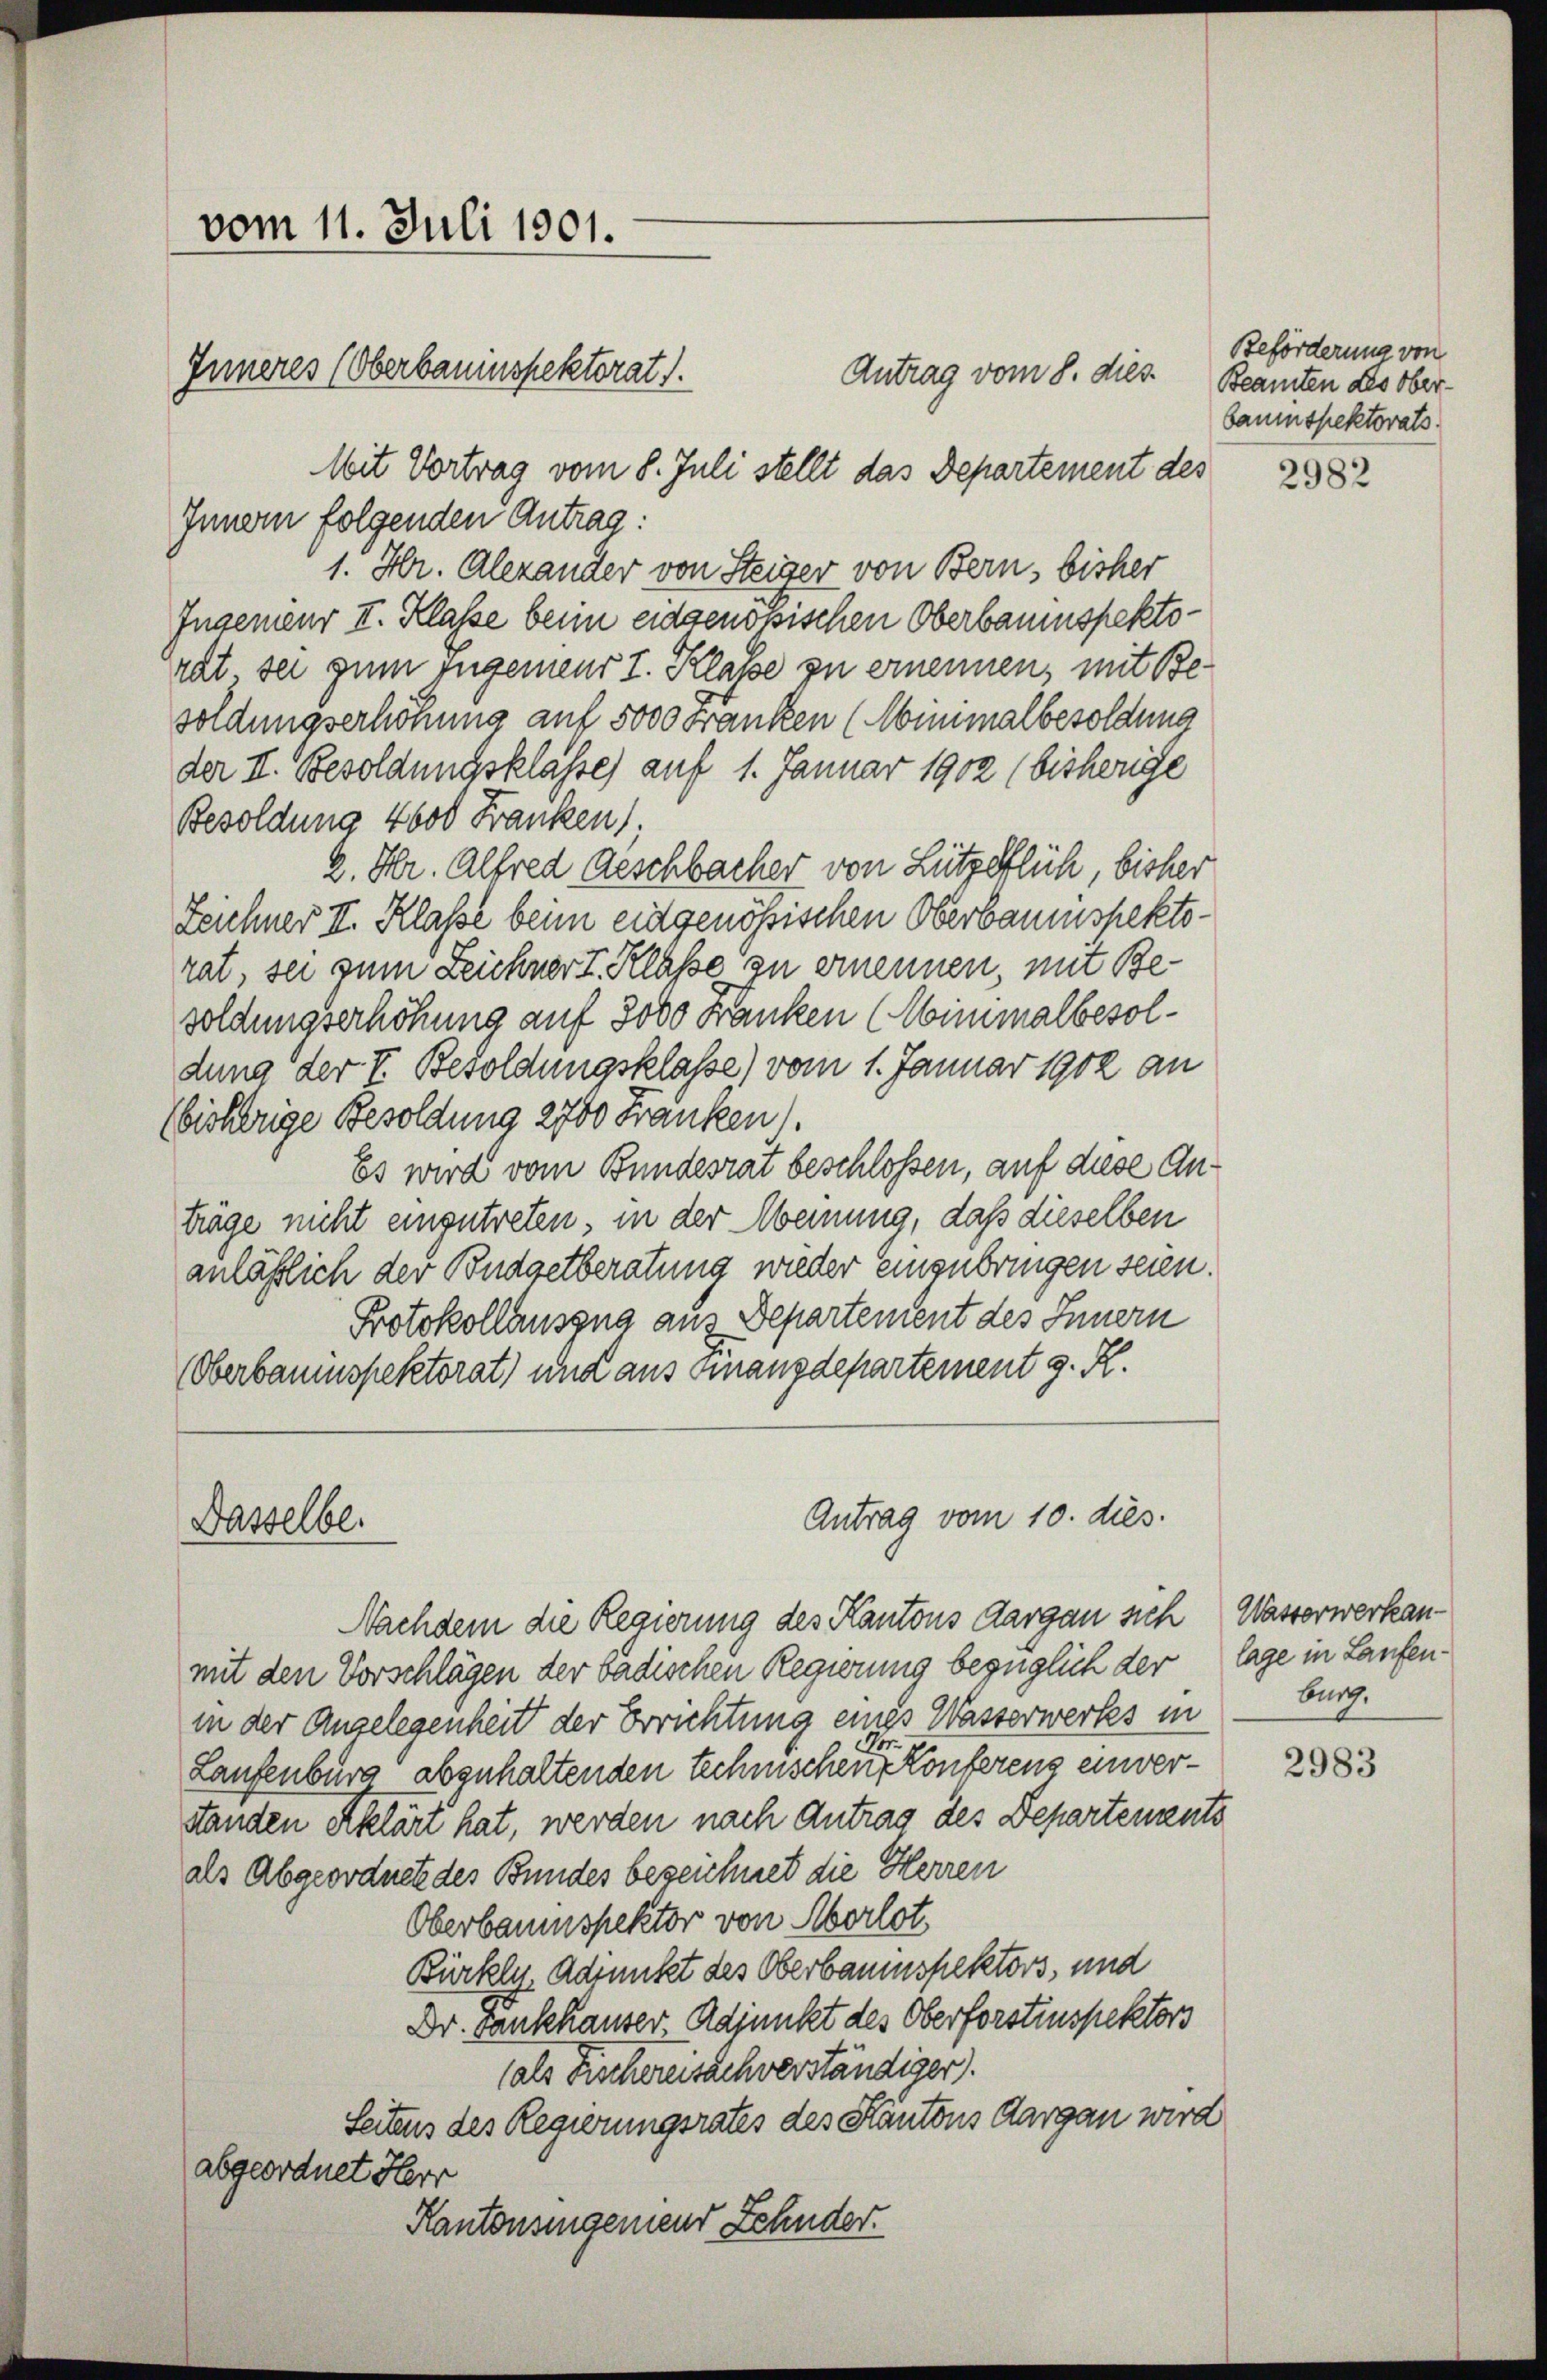
vom 11. Juli 1901.
Inneres (Oberbaumspektorat).

Dasselbe.

Mit Vortrag vom 8. Juli stellt das Departement des

Antrag vom 10. dies.

Antrag vom 8. dies
Innern folgenden Antrag:
1. Hr. Alexander von Steiger von Bern, bisher
Ingenieur II. Klasse beim eidgenössischen Oberbaumspektorit sei zum Ingenieur I. Klasse zu ernennen, mit Besoldungserhöhung auf 5000 Franken (Minimalbesoldung
der II. Besoldungsklasse) auf 1. Januar 1902 (bisherige
Besoldung 4600 Franken,
2. Hr. Alfred Geschbacher von Lützeflich, bisher
Zeichner II. Klasse beim eidgenössischen Oberbaumspektorat, sei zum Zeichner I. Klasse zu ernennen, mit Besoldungserhöhung auf 3000 Franken (Minimalbesoldung der V. Besoldungsklasse) vom 1. Januar 1902 an
(bisherige Besoldung 2700 Franken).
Es wird vom Bundesrat beschlossen, auf diese Anträge nicht einzutreten, in der Meinung, daß dieselben
anläßlich der Budgetberatung wieder einzubringen seien.
Protokollausgna aus Departement des Innern
Oberbauinspektorat) und aus Finanzdepartement g. K.

Nachdem die Regierung des Kantons Aargau sich Wasserwerkanmit den Vorschlägen der badischen Regierung bezüglich der lage in Laufenin der Angelegenheit der Errichtung eines Wasserwerkes in
Laufenburg abgehaltenden technischen Conferens einverstanden erklärt hat, werden nach Antrag des Departements
als Abgeordnete des Bundes bezeichnet die Herren
Oberbaumspektor von Morlot.
Bürkly. Adjunkt des Oberbauinspektors, und
Dr. Fankhauser Adjunkt des Oberforstinspektors
(als Fischereisachverständiger).
Seitens des Regierungsrates des Kantons Aargau wird
abgeordnet Herr
Kantonsingemend Zehnder.

Beförderung von
Beamten des Oberbaumspektorats.

2982

Burg.

2983